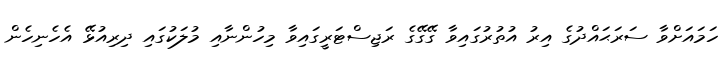
ހަމައަށްވާ ސަރަޙައްދުގެ އިރު އުތުރުގައިވާ ގޭގޭގެ ރަޖިސްޓަރީގައިވާ މިހުންނާއި މުލަކުގައި ދިރިއުޅޭ އެހެނިހެން